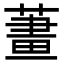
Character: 𦹓